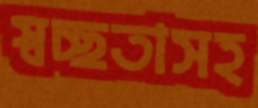
স্বচ্ছতাসহ